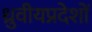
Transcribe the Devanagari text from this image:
ध्रुवीयप्रदेशों